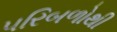
પરિબળોથી